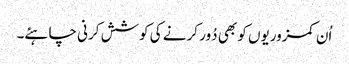
اُن کمزوریوں کو بھی دُور کرنے کی کوشش کرنی چاہئے۔